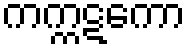
ကက္ကဋကော